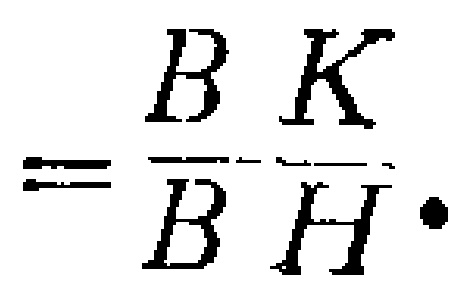
$=\frac{BK}{BH}.$